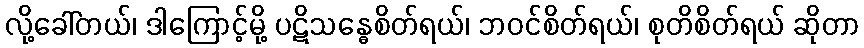
လို့ခေါ်တယ်၊ ဒါကြောင့်မို့ ပဋိသန္ဓေစိတ်ရယ်၊ ဘဝင်စိတ်ရယ်၊ စုတိစိတ်ရယ် ဆိုတာ